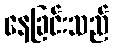
နေခြင်းသည်